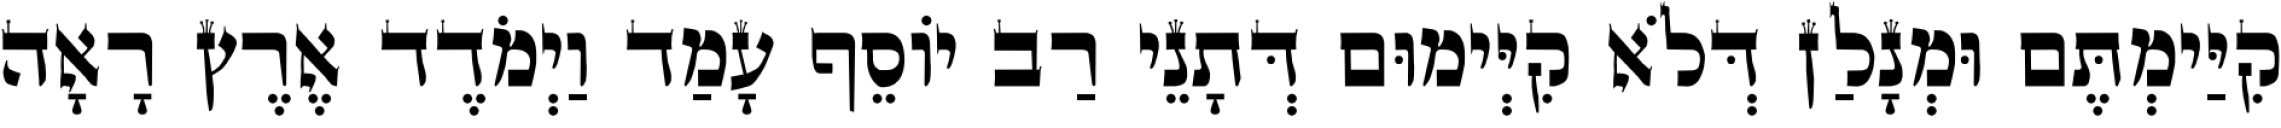
קִיַּימְתֶּם וּמְנָלַן דְּלֹא קִיְּימוּם דְּתָנֵי רַב יוֹסֵף עָמַד וַיְמֹדֶד אֶרֶץ רָאָה